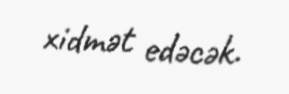
xidmət edəcək.